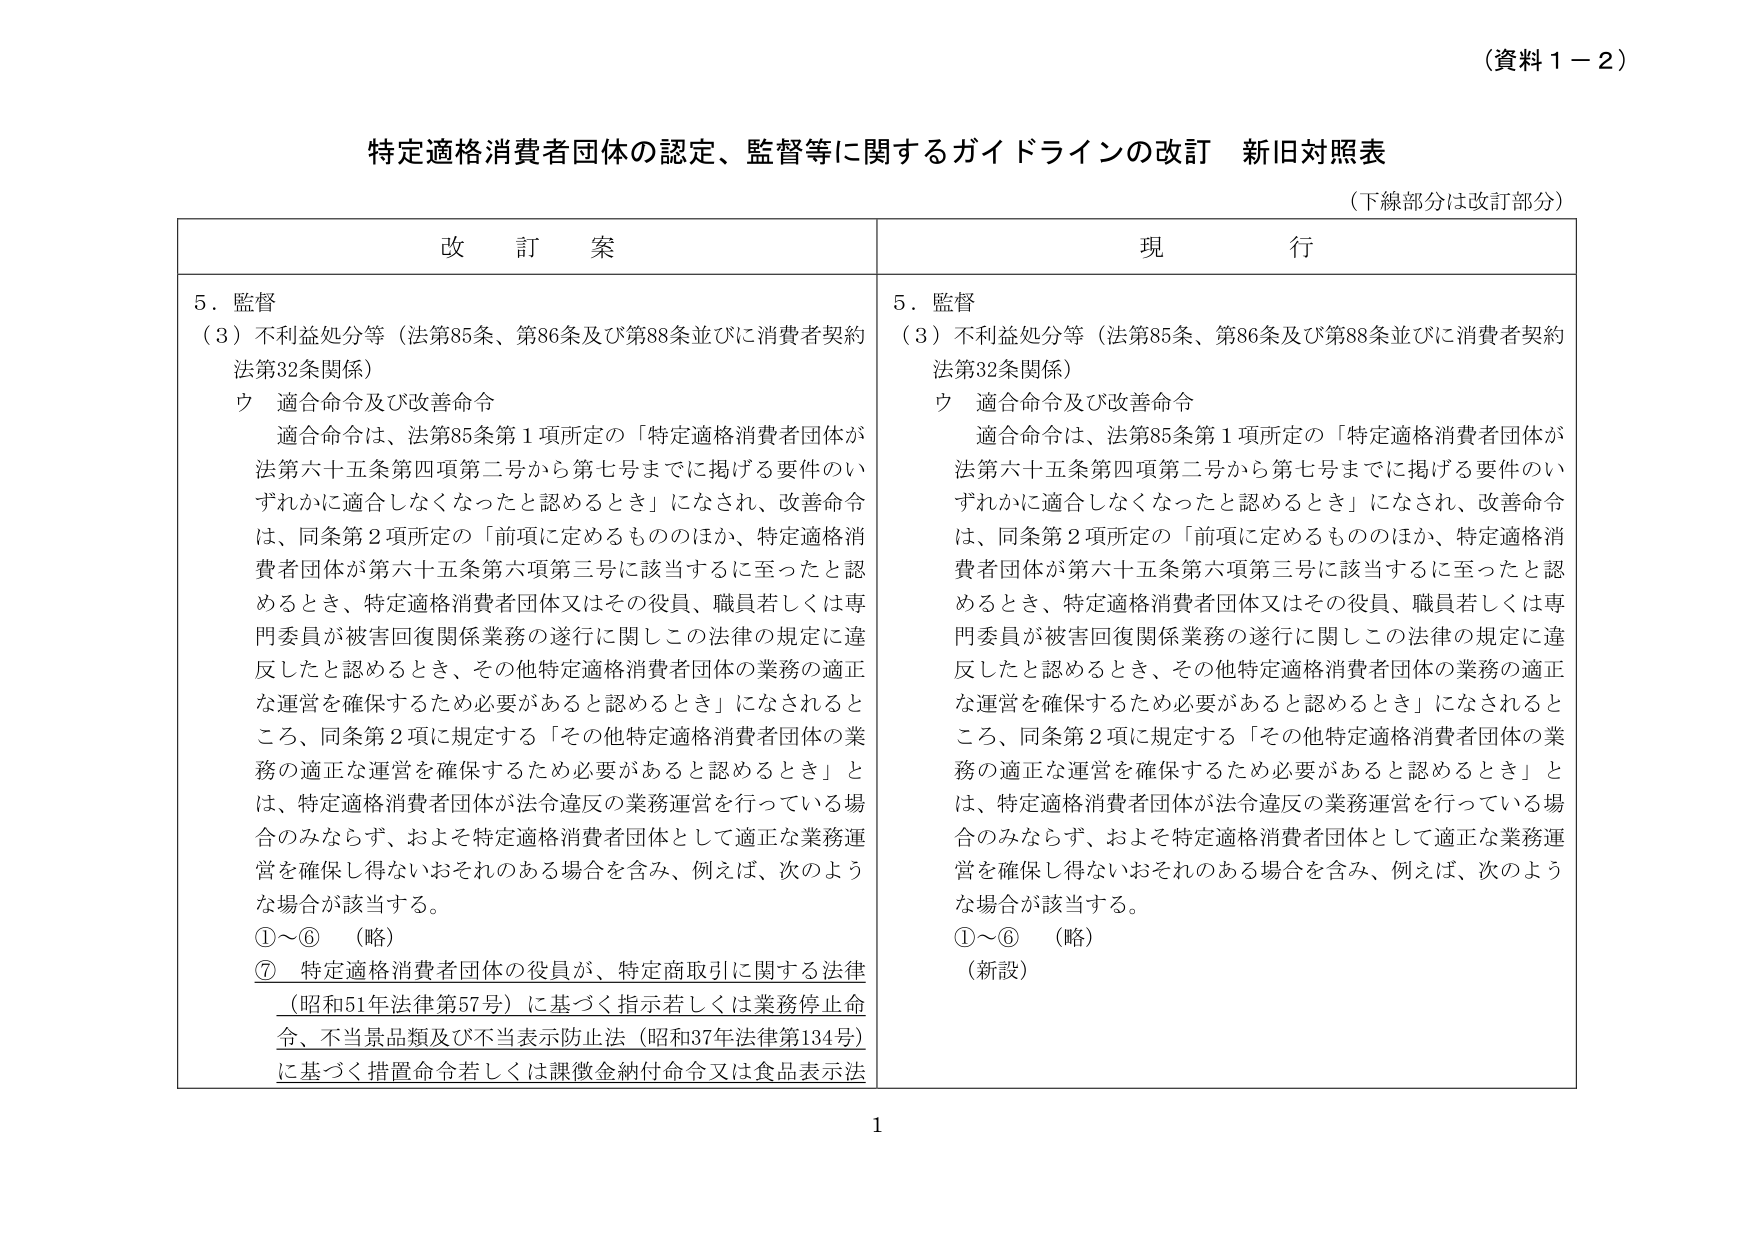
（資料１－２）

特定適格消費者団体の認定、監督等に関するガイドラインの改訂 新旧対照表
（下線部分は改訂部分）

改 訂 案

５．監督
（３）不利益処分等（法第85条、第86条及び第88条並びに消費者契約法第32条関係）
ウ 適合命令及び改善命令
　適合命令は、法第85条第１項所定の「特定適格消費者団体が法第六十五条第四項第二号から第七号までに掲げる要件のいずれかに適合しなくなったと認めるとき」になされ、改善命令は、同条第２項所定の「前項に定めるもののほか、特定適格消費者団体が第六十五条第六項第三号に該当するに至ったと認めるとき、特定適格消費者団体又はその役員、職員若しくは専門委員が被害回復関係業務の遂行に関しこの法律の規定に違反したと認めるとき、その他特定適格消費者団体の業務の適正な運営を確保するため必要があると認めるとき」になされるところ、同条第２項に規定する「その他特定適格消費者団体の業務の適正な運営を確保するため必要があると認めるとき」とは、特定適格消費者団体が法令違反の業務運営を行っている場合のみならず、およそ特定適格消費者団体として適正な業務運営を確保し得ないおそれのある場合を含み、例えば、次のような場合が該当する。
①～⑥ （略）
⑦ 特定適格消費者団体の役員が、特定商取引に関する法律（昭和51年法律第57号）に基づく指示若しくは業務停止命令、不当景品類及び不当表示防止法（昭和37年法律第134号）に基づく措置命令若しくは課徴金納付命令又は食品表示法

現 行

５．監督
（３）不利益処分等（法第85条、第86条及び第88条並びに消費者契約法第32条関係）
ウ 適合命令及び改善命令
　適合命令は、法第85条第１項所定の「特定適格消費者団体が法第六十五条第四項第二号から第七号までに掲げる要件のいずれかに適合しなくなったと認めるとき」になされ、改善命令は、同条第２項所定の「前項に定めるもののほか、特定適格消費者団体が第六十五条第六項第三号に該当するに至ったと認めるとき、特定適格消費者団体又はその役員、職員若しくは専門委員が被害回復関係業務の遂行に関しこの法律の規定に違反したと認めるとき、その他特定適格消費者団体の業務の適正な運営を確保するため必要があると認めるとき」になされるところ、同条第２項に規定する「その他特定適格消費者団体の業務の適正な運営を確保するため必要があると認めるとき」とは、特定適格消費者団体が法令違反の業務運営を行っている場合のみならず、およそ特定適格消費者団体として適正な業務運営を確保し得ないおそれのある場合を含み、例えば、次のような場合が該当する。
①～⑥ （略）
（新設）

1